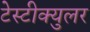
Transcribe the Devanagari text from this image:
टेस्टीक्युलर